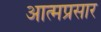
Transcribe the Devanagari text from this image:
आत्मप्रसार